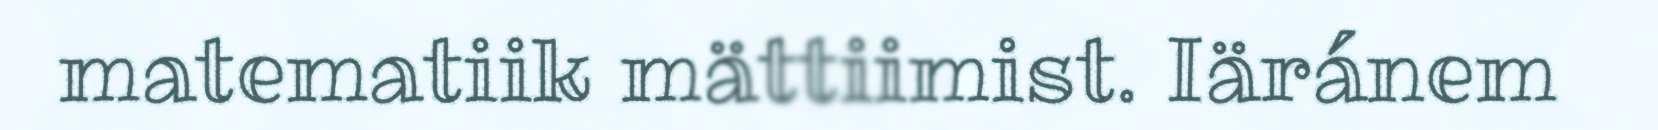
matematiik mättiimist. Iäránem